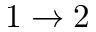
1 \rightarrow 2